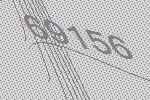
69156